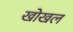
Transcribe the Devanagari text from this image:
खोखल